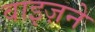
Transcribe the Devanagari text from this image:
वाइज़ने